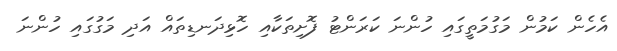
އެހެން ކަމުން މަގުމަތީގައި ހުންނަ ކަރަންޓު ފޮށިތަކާއި ހޮޅިދަނޑިތައް އަދި މަގުގައި ހުންނަ